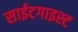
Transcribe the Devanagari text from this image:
साईटगाइस्ट